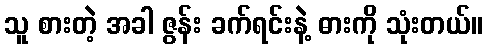
သူ စားတဲ့ အခါ ဇွန်း ခက်ရင်းနဲ့ ဓားကို သုံးတယ်။